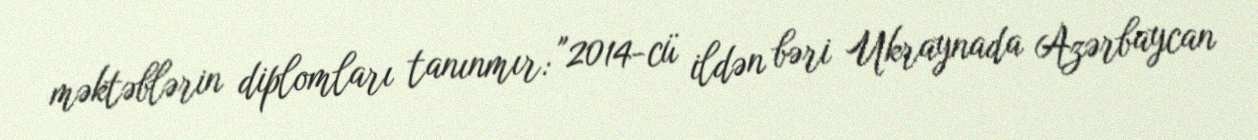
məktəblərin diplomları tanınmır: "2014-cü ildən bəri Ukraynada Azərbaycan